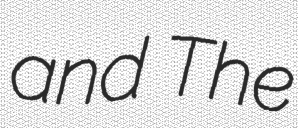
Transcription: and The